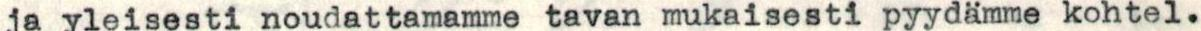
ja yleisesti noudattamamme tavan mukaisesti pyydämme kohtel.